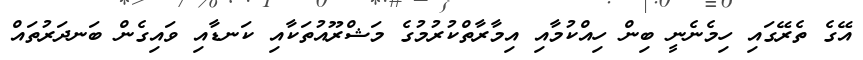
އޭގެ ތެރޭގައި ހިމެނެނީ ބިން ހިއްކުމާއި އިމާރާތްކުރުމުގެ މަޝްރޫއުތަކާއި ކަނޑާއި ވައިގެން ބަނދަރުތައް